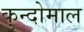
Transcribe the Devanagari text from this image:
कुन्दोमाल